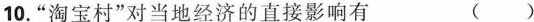
10.”淘宝村”对当地经济的直接影响有 ( )